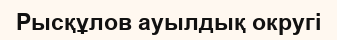
Рысқұлов ауылдық округі